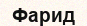
Фарид